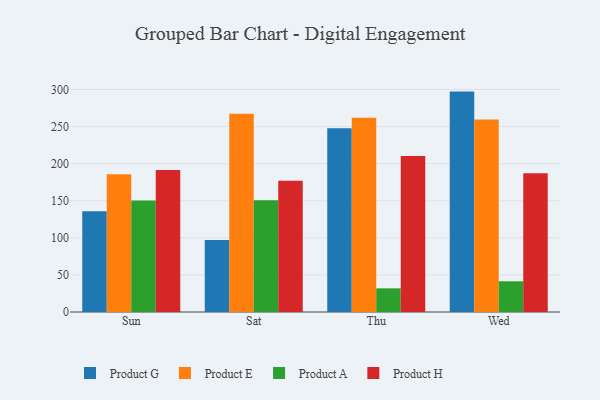
{"axis": {"x": "Day", "y": "Revenue (USD Million)"}, "legend": ["Product A", "Product E", "Product G", "Product H"], "data": [{"x": "Sun", "y": 135.8, "type": "Product G"}, {"x": "Sun", "y": 185.8, "type": "Product E"}, {"x": "Sun", "y": 150.3, "type": "Product A"}, {"x": "Sun", "y": 191.6, "type": "Product H"}, {"x": "Sat", "y": 97.2, "type": "Product G"}, {"x": "Sat", "y": 267.4, "type": "Product E"}, {"x": "Sat", "y": 150.7, "type": "Product A"}, {"x": "Sat", "y": 176.9, "type": "Product H"}, {"x": "Thu", "y": 247.9, "type": "Product G"}, {"x": "Thu", "y": 261.9, "type": "Product E"}, {"x": "Thu", "y": 31.9, "type": "Product A"}, {"x": "Thu", "y": 210.3, "type": "Product H"}, {"x": "Wed", "y": 297.2, "type": "Product G"}, {"x": "Wed", "y": 259.5, "type": "Product E"}, {"x": "Wed", "y": 41.4, "type": "Product A"}, {"x": "Wed", "y": 187.1, "type": "Product H"}]}